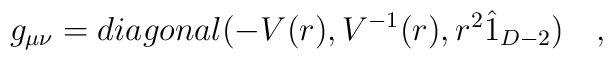
g_{\mu \nu }=diagonal(-V(r),V^{-1}(r),r^{2}\hat{1}_{D-2})\quad ,